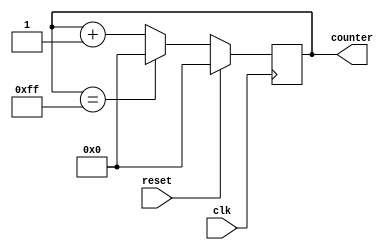
module loop_with_skip (
    input wire clk,
    input wire reset,
    output reg [7:0] counter
);

reg skip_iteration;

always @(posedge clk) begin
    if (reset) begin
        counter <= 8'h00;
        skip_iteration <= 1'b0;
    end else begin
        if (counter == 8'hFF) begin
            counter <= 8'h00;
            skip_iteration <= 1'b0;
        end else begin
            if (skip_iteration) begin
                skip_iteration <= 1'b0;
            end else begin
                // Perform the loop statements here
                // This can include conditional statements to determine if an iteration should be skipped
            end
            counter <= counter + 1;
        end
    end
end

endmodule